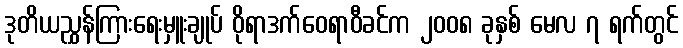
ဒုတိယညွှန်ကြားရေးမှူးချုပ် ဝိုရာဒက်ဝေရာဝီခင်က ၂၀၀၈ ခုနှစ် မေလ ၇ ရက်တွင်